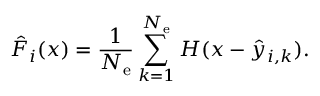
\hat { F } _ { i } ( x ) = \frac { 1 } { N _ { \mathrm { e } } } \sum _ { k = 1 } ^ { N _ { \mathrm { e } } } H ( x - \hat { y } _ { i , k } ) .